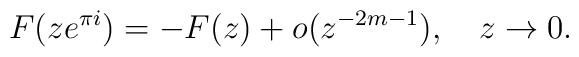
F(ze^{\pi i})=-F(z)+o(z^{-2m-1}), \quad z\to 0.